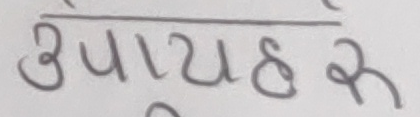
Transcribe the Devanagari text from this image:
उपायहरू